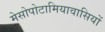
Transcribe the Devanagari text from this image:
मेसोपोटामियावासियों